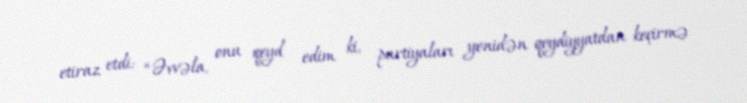
etiraz etdi: “Əvvəla, onu qeyd edim ki, partiyaları yenidən qeydiyyatdan keçirmə